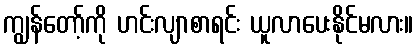
ကျွန်တော့်ကို ဟင်းလျာစာရင်း ယူလာပေးနိုင်မလား။